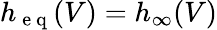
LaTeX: \begin{array}{r}{h_{\mathrm{~e~q~}}(V)=h_{\infty}(V)}\end{array}